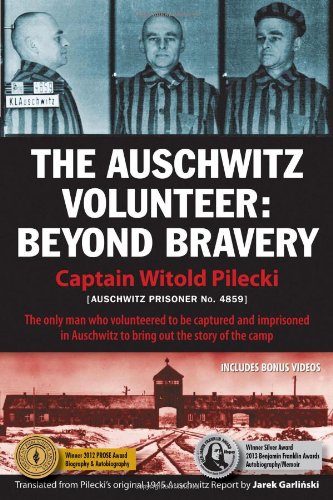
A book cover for The Auschwitz Volunteer: Beyond Bravery; Witold Pilecki; History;